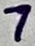
Text: 7